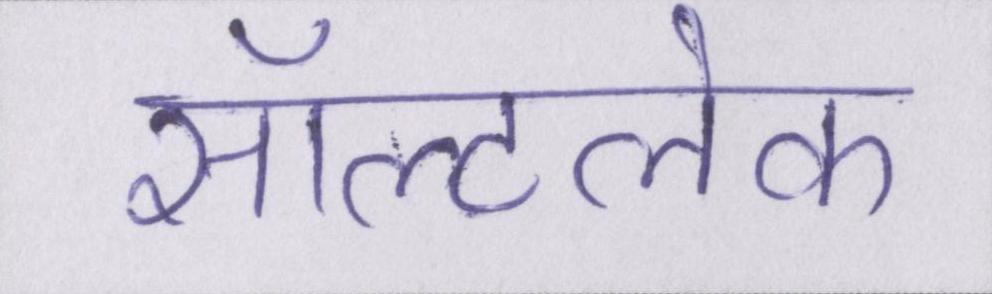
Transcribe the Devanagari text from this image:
सॉल्टलेक